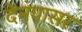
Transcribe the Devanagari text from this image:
देनपासर